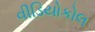
વીડિયોકોલ